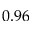
0 . 9 6